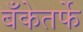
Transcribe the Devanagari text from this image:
बँकेतर्फे